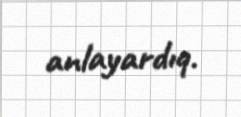
anlayardıq.